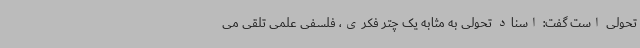
تحولی است گفت: اسناد تحولی به مثابه یک چتر فکری، فلسفی علمی تلقی می